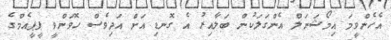
އެހެންވީމަ އިމޯޝަނަލް އެންގަލަކުން ބަލާއިރު އެ ގޮނޑި އަށް އަދިވެސް ހޮވަންވީ ޕީޕީއެމްގެ